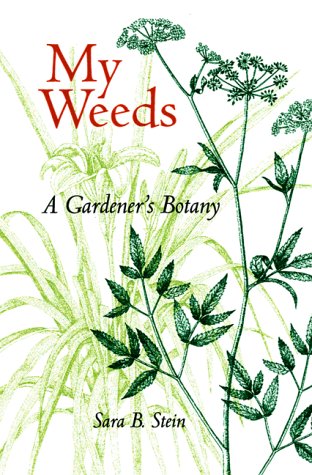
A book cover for My Weeds: A Gardener's Botany; Sara B. Stein; Crafts, Hobbies & Home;